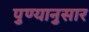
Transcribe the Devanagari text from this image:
पुण्यानुसार